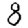
Digit: 8